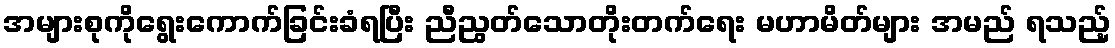
အများစုကိုရွေးကောက်ခြင်းခံရပြီး ညီညွတ်သောတိုးတက်ရေး မဟာမိတ်များ အမည် ရသည့်